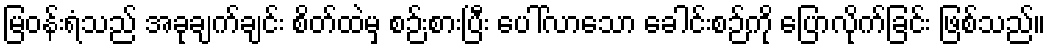
မြဝန်းရံသည် အခုချက်ချင်း စိတ်ထဲမှ စဉ်းစားပြီး ပေါ်လာသော ခေါင်းစဉ်ကို ပြောလိုက်ခြင်း ဖြစ်သည်။